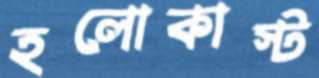
হলোকাস্ট